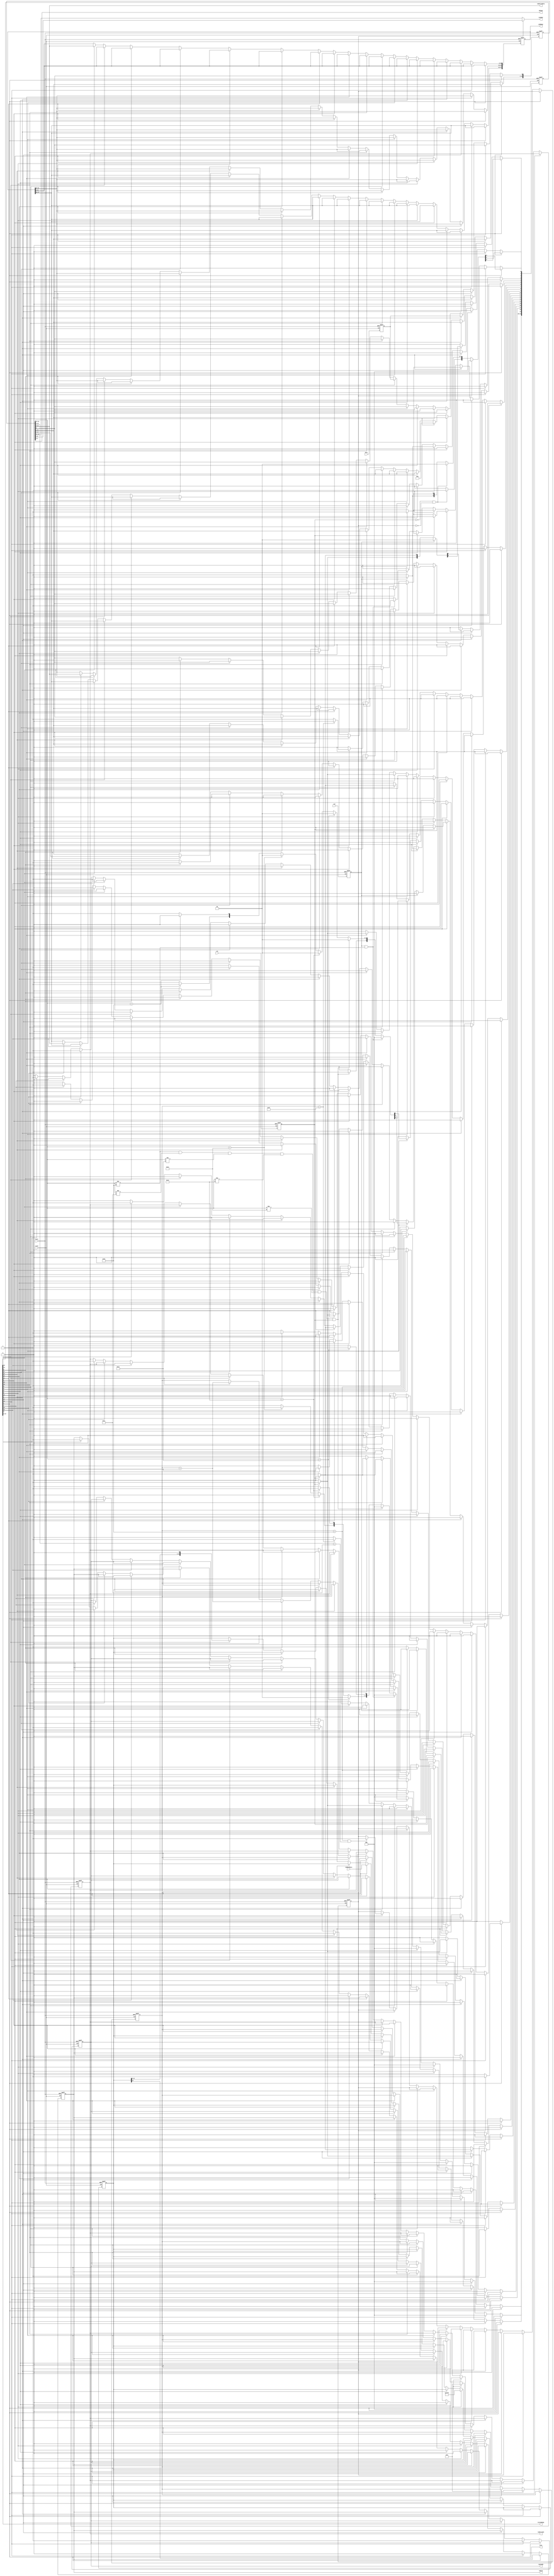

module spi (
	clock,
	reset,
	clk,

	csn,
	mosi,
	ramReadData,

	debug4,
	miso,
	ramAddr,
	ramCLK,
	ramCLKEn,
	ramWriteData,
	ramWriteEn,
	stateDebug,
	pwmRegs
);


input  clk;
input  clock;
input  csn;
input  mosi;
input [15:0] ramReadData;
input  reset;

output [3:0] debug4;
output  miso;
output [7:0] ramAddr;
output  ramCLK;
output  ramCLKEn;
output [15:0] ramWriteData;
output  ramWriteEn;
output [19:0] stateDebug;
output [47:0] pwmRegs;


// ------------------------------
//        Define States          
// ------------------------------

parameter [4:0] CLKHIGH = 5'b0001;
parameter [4:0] CLKHIGHREAD = 5'b1010;
parameter [4:0] CLKHIGHREADLOOP = 5'b1110;
parameter [4:0] CLKLOW = 5'b0010;
parameter [4:0] CLKLOWREAD = 5'b1100;
parameter [4:0] CSNHIGH = 5'b0000;
parameter [4:0] CSNLOW = 5'b1000;
parameter [4:0] COMMAND = 5'b0110;
parameter [4:0] LASTBIT = 5'b0101;
parameter [4:0] LASTBITCLKHIGH = 5'b10010;
parameter [4:0] LASTBITCLKLOW = 5'b10011;
parameter [4:0] LATCHBIT = 5'b0100;
parameter [4:0] LATCHREADWORD = 5'b1011;
parameter [4:0] READLOWERCLK = 5'b10000;
parameter [4:0] READRAISECLK = 5'b1111;
parameter [4:0] READRAISECLK2 = 5'b10001;
parameter [4:0] SHIFT = 5'b0011;
parameter [4:0] SHIFTREAD = 5'b1101;
parameter [4:0] WRITEPWMREG0 = 5'b10100;
parameter [4:0] WRITEPWMREG1 = 5'b10101;
parameter [4:0] WRITEPWMREG2 = 5'b10110;
parameter [4:0] WRITERAM = 5'b0111;
parameter [4:0] WRITERAMSTORE = 5'b1001;

parameter  newParameter = 1'b0;



// ------------------------------
//        Definitions          
// ------------------------------


wire  clk;
wire  clock;
wire  csn;
wire [3:0] debug4;
wire  miso;
wire  mosi;
wire [7:0] ramAddr;
wire  ramCLK;
wire  ramCLKEn;
wire [15:0] ramReadData;
wire [15:0] ramWriteData;
wire  ramWriteEn;
wire  reset;
wire [19:0] stateDebug;

reg [7:0] bitCount;
reg  clkBuf;
reg  csnBuf;
reg  mosiBuf;
reg [47:0] pwmRegs;
reg [7:0] ramAddrReg;
reg  ramCLKEnReg;
reg  ramCLKReg;
reg  ramWriteEnReg;
reg  readMode;
reg [15:0] readWord;
reg [31:0] spiInWord;

reg [22:0] state;
reg [22:0] next;
// ------------------------------
//       Common Code, not used         
// ------------------------------


// ------------------------------
//       Code Block         
// ------------------------------
assign ramCLK = ramCLKReg;
assign ramWriteEn = ramWriteEnReg;
assign ramAddr[7:0] = readMode == 1'b0 ? spiInWord[23:16] : spiInWord[8:1];
assign ramWriteData[15:0] = spiInWord[15:0];
assign miso = readWord[15];
assign stateDebug[19:0] = state[19:0];
assign debug4[3:0] = spiInWord[3:0];
assign ramCLKEn = ramCLKEnReg;


// ------------------------------
//       Input Buffering         
// ------------------------------



always @ (posedge clock or posedge reset) begin 
	if (reset) begin
		clkBuf <= 1'b0;
		csnBuf <= 1'b1;
		mosiBuf <= 1'b0;
	end
	else begin
		clkBuf <= clk;
		csnBuf <= csn;
		mosiBuf <= mosi;
	end
end


// ------------------------------
//   State Switching Block       
// ------------------------------


always @ (posedge clock or posedge reset) begin
	if (reset)	begin
            state <= 23'b0;
            state[CSNHIGH] <= 1'b1;
	end
	else state <= next;
end



// ------------------------------
//          Input Block         
// ------------------------------


always @ ( state , bitCount , clkBuf , csnBuf , readMode , spiInWord) begin
	next = 23'b0;
	case (1'b1)
		state[CLKHIGH]  :  begin
			if( readMode == 1'b1 )
				next[CLKHIGHREAD] = 1'b1;
			else if( clkBuf == 1'b0 && readMode == 1'b0 )
				next[CLKLOW] = 1'b1;
			else if( csnBuf == 1'b1 )
				next[CSNHIGH] = 1'b1;
			else 
				next[CLKHIGH] = 1'b1;
		end
		state[CLKHIGHREAD]  :  begin
			next[READRAISECLK] = 1'b1;
		end
		state[CLKHIGHREADLOOP]  :  begin
			if( clkBuf == 1'b0 )
				next[SHIFTREAD] = 1'b1;
			else 
				next[CLKHIGHREADLOOP] = 1'b1;
		end
		state[CLKLOW]  :  begin
			if( csnBuf == 1'b1 )
				next[CSNHIGH] = 1'b1;
			else if( clkBuf == 1'b1 )
				next[SHIFT] = 1'b1;
			else 
				next[CLKLOW] = 1'b1;
		end
		state[CLKLOWREAD]  :  begin
			if( clkBuf == 1'b1 )
				next[CLKHIGHREADLOOP] = 1'b1;
			else if( csnBuf == 1'b1 )
				next[CSNHIGH] = 1'b1;
			else if( bitCount[7:0] == 8'h10 )
				next[CSNLOW] = 1'b1;
			else 
				next[CLKLOWREAD] = 1'b1;
		end
		state[CSNHIGH]  :  begin
			if( csnBuf == 1'b0 )
				next[CLKHIGH] = 1'b1;
			else 
				next[CSNHIGH] = 1'b1;
		end
		state[CSNLOW]  :  begin
			if( csnBuf == 1'b1 )
				next[CSNHIGH] = 1'b1;
			else 
				next[CSNLOW] = 1'b1;
		end
		state[COMMAND]  :  begin
			if( csnBuf == 1'b1 && spiInWord[31:24] != 8'h10 )
				next[CSNHIGH] = 1'b1;
			else if( spiInWord[31:24] != 8'h10 && spiInWord[31:24] != 8'h11 && spiInWord[31:24] != 8'h12 && spiInWord[31:24] != 8'h13 && spiInWord[31:24] != 8'h14 && clkBuf == 1'b1 )
				next[CSNLOW] = 1'b1;
			else if( spiInWord[31:24] == 8'h12 )
				next[WRITEPWMREG0] = 1'b1;
			else if( spiInWord[31:24] == 8'h13 )
				next[WRITEPWMREG1] = 1'b1;
			else if( spiInWord[31:24] == 8'h14 )
				next[WRITEPWMREG2] = 1'b1;
			else if( spiInWord[31:24] == 8'h10 )
				next[WRITERAM] = 1'b1;
			else 
				next[COMMAND] = 1'b1;
		end
		state[LASTBIT]  :  begin
			if( clkBuf == 1'b0 )
				next[COMMAND] = 1'b1;
			else 
				next[LASTBIT] = 1'b1;
		end
		state[LASTBITCLKHIGH]  :  begin
			if( clkBuf == 1'b0 )
				next[LASTBITCLKLOW] = 1'b1;
			else 
				next[LASTBITCLKHIGH] = 1'b1;
		end
		state[LASTBITCLKLOW]  :  begin
			if( clkBuf == 1'b1 )
				next[LASTBIT] = 1'b1;
			else 
				next[LASTBITCLKLOW] = 1'b1;
		end
		state[LATCHBIT]  :  begin
			if( bitCount == 8'h1F )
				next[LASTBITCLKHIGH] = 1'b1;
			else 
				next[CLKHIGH] = 1'b1;
		end
		state[LATCHREADWORD]  :  begin
			if( clkBuf == 1'b0 )
				next[CLKLOWREAD] = 1'b1;
			else 
				next[LATCHREADWORD] = 1'b1;
		end
		state[READLOWERCLK]  :  begin
			next[READRAISECLK2] = 1'b1;
		end
		state[READRAISECLK]  :  begin
			next[READLOWERCLK] = 1'b1;
		end
		state[READRAISECLK2]  :  begin
			next[LATCHREADWORD] = 1'b1;
		end
		state[SHIFT]  :  begin
			next[LATCHBIT] = 1'b1;
		end
		state[SHIFTREAD]  :  begin
			next[CLKLOWREAD] = 1'b1;
		end
		state[WRITEPWMREG0]  :  begin
			next[CSNLOW] = 1'b1;
		end
		state[WRITEPWMREG1]  :  begin
			next[CSNLOW] = 1'b1;
		end
		state[WRITEPWMREG2]  :  begin
			next[CSNLOW] = 1'b1;
		end
		state[WRITERAM]  :  begin
			next[WRITERAMSTORE] = 1'b1;
		end
		state[WRITERAMSTORE]  :  begin
			next[CSNLOW] = 1'b1;
		end
	endcase
end      // end of input block


// ------------------------------
//         Output Block          
// ------------------------------



always @ (posedge clock or posedge reset) begin 
	if (reset) begin
		bitCount <= 8'b11111111;
		pwmRegs <= 48'b0;
		ramAddrReg <= 8'b0;
		ramCLKEnReg <= 1'b0;
		ramCLKReg <= 1'b0;
		ramWriteEnReg <= 1'b0;
		readMode <= 1'b0;
		readWord <= 16'hf00f;
		spiInWord <= 32'b0;
	end
	else begin
		bitCount <= bitCount[7:0];
		pwmRegs <= pwmRegs;
		ramAddrReg <= ramAddrReg;
		ramCLKEnReg <= ramCLKEnReg;
		ramCLKReg <= ramCLKReg;
		ramWriteEnReg <= ramWriteEnReg;
		readMode <= readMode;
		readWord <= readWord;
		spiInWord <= spiInWord[31:0];
		case (1'b1)
			state[CLKHIGH]  :  begin
				ramAddrReg <= spiInWord[8:1];
			end
			state[CLKHIGHREAD]  :  begin
				bitCount <= 8'b0;
				ramCLKEnReg <= 1'b1;
				ramCLKReg <= 1'b0;
			end
			state[CLKHIGHREADLOOP]  :  begin
			end
			state[CLKLOW]  :  begin
				spiInWord[0] <= mosiBuf;
			end
			state[CLKLOWREAD]  :  begin
			end
			state[CSNHIGH]  :  begin
				bitCount <= 8'b0;
				ramAddrReg <= 8'b0;
				ramCLKEnReg <= 1'b0;
				ramCLKReg <= 1'b0;
				ramWriteEnReg <= 1'b0;
				readMode <= 1'b0;
				readWord <= 16'hffff;
				spiInWord <= 32'b0;
			end
			state[CSNLOW]  :  begin
				ramCLKEnReg <= 1'b0;
				ramCLKReg <= 1'b0;
				ramWriteEnReg <= 1'b0;
			end
			state[COMMAND]  :  begin
			end
			state[LASTBIT]  :  begin
				spiInWord[0] <= mosiBuf;
			end
			state[LASTBITCLKHIGH]  :  begin
			end
			state[LASTBITCLKLOW]  :  begin
			end
			state[LATCHBIT]  :  begin
				readMode <= (bitCount[7:0] == 8'h10 && spiInWord[16:9] == 8'h11) ? 1'b1 :  readMode;
			end
			state[LATCHREADWORD]  :  begin
				readWord[15:0] <= ramReadData[15:0];
			end
			state[READLOWERCLK]  :  begin
				ramCLKReg <= 1'b0;
			end
			state[READRAISECLK]  :  begin
				ramCLKReg <= 1'b1;
			end
			state[READRAISECLK2]  :  begin
				ramCLKReg <= 1'b1;
			end
			state[SHIFT]  :  begin
				bitCount <= bitCount + 1'b1;
				spiInWord <= spiInWord << 1;
			end
			state[SHIFTREAD]  :  begin
				bitCount <= bitCount + 1'b1;
				readWord <= readWord << 1;
			end
			state[WRITEPWMREG0]  :  begin
				pwmRegs[15:0] <= spiInWord[15:0];
			end
			state[WRITEPWMREG1]  :  begin
				pwmRegs[31:16] <= spiInWord[15:0];
			end
			state[WRITEPWMREG2]  :  begin
				pwmRegs[47:32] <= spiInWord[15:0];
			end
			state[WRITERAM]  :  begin
				ramCLKEnReg <= 1'b1;
				ramCLKReg <= 1'b0;
				ramWriteEnReg <= 1'b1;
			end
			state[WRITERAMSTORE]  :  begin
				ramCLKReg <= 1'b1;
			end

		endcase
	end

end      // end of output always block

endmodule      // end of module spi